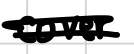
Text: cover
Cross-out: mix
Writing tool: digital_black